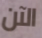
الآن